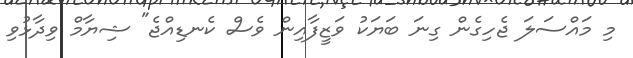
މި މައްސަލަ ޖެހިގެން ގިނަ ބަޔަކު ވަޒީފާއިން ވެސް ކެނޑިއްޖެ" ޝިޔާމް ވިދާޅުވި